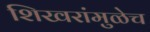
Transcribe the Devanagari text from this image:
शिखरांमुळेच